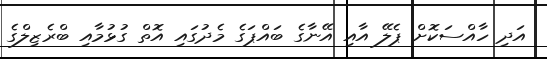
އަދި ހާއްސަކޮށް ޕެލޭ އާއި އޭނާގެ ބައްޕަގެ މެދުގައި އޮތް ގުޅުމާއި ބްރެޒިލްގެ